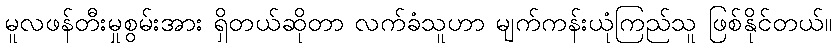
မူလဖန်တီးမှုစွမ်းအား ရှိတယ်ဆိုတာ လက်ခံသူဟာ မျက်ကန်းယုံကြည်သူ ဖြစ်နိုင်တယ်။